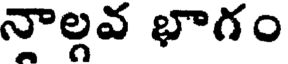
నాల్గవ భాగం